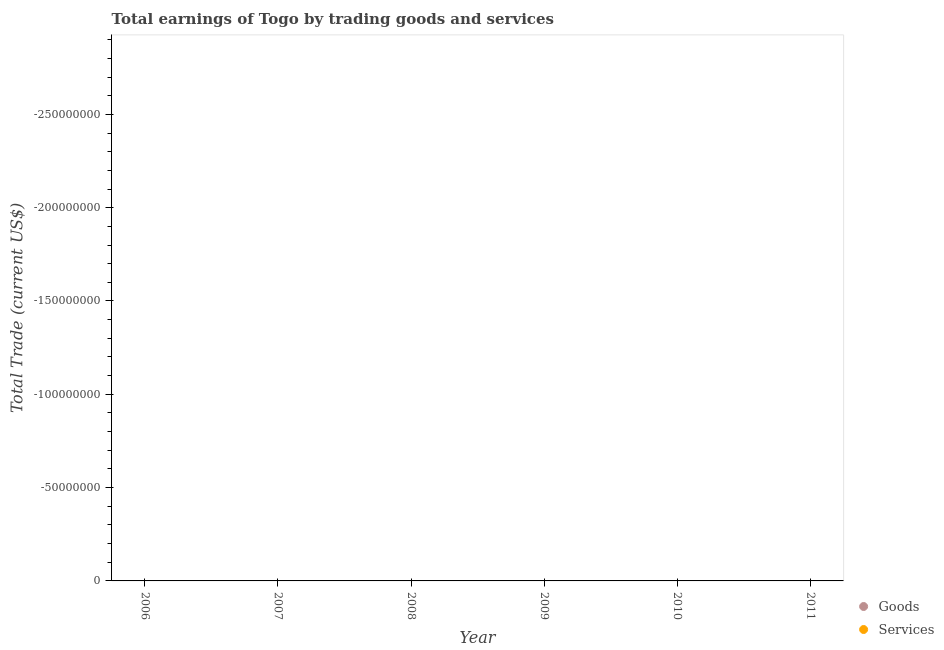
| Year | Goods | Services |
 | --- | --- | --- |
 | 2006 | -3.19e+08 | -3.82e+08 |
 | 2007 | -3.95e+08 | -4.65e+08 |
 | 2008 | -4.55e+08 | -5.31e+08 |
 | 2009 | -4.12e+08 | -4.93e+08 |
 | 2010 | -4.48e+08 | -5.32e+08 |
 | 2011 | -8.41e+08 | -8.06e+08 |